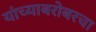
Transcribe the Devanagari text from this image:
यांच्याबरोबरचा